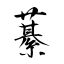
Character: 藄